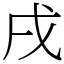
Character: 戌